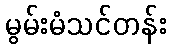
မွမ်းမံသင်တန်း